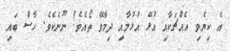
އެ ކިޔެވި އެއްޗަކާއި އުޅޭ އުޅުމާއި ދިމާވޭ ތޯއެވެ! ނޫނެކެވެ. ހާސް ބައި